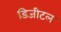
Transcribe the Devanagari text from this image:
डिजीटल